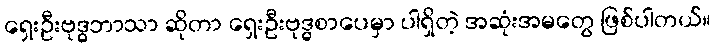
ရှေးဦးဗုဒ္ဓဘာသာ ဆိုတာ ရှေးဦးဗုဒ္ဓစာပေမှာ ပါရှိတဲ့ အဆုံးအမတွေ ဖြစ်ပါတယ်။